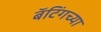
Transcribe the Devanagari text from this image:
बॅटिंगच्या